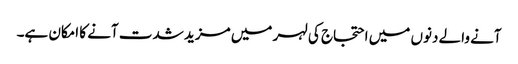
آنے والے دنوں میں احتجاج کی لہر میں مزید شدت آنے کا امکان ہے۔